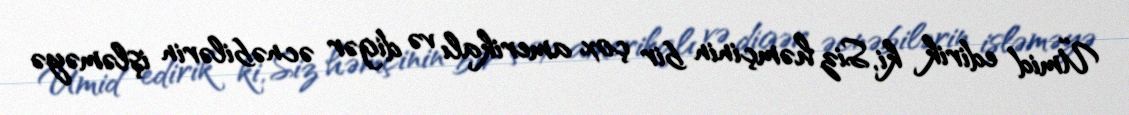
Ümid edirik ki, Siz həmçinin bir çox amerikalı və digər əcnəbilərin işləməyə